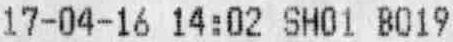
17-04-16 14:02 SH01 B019